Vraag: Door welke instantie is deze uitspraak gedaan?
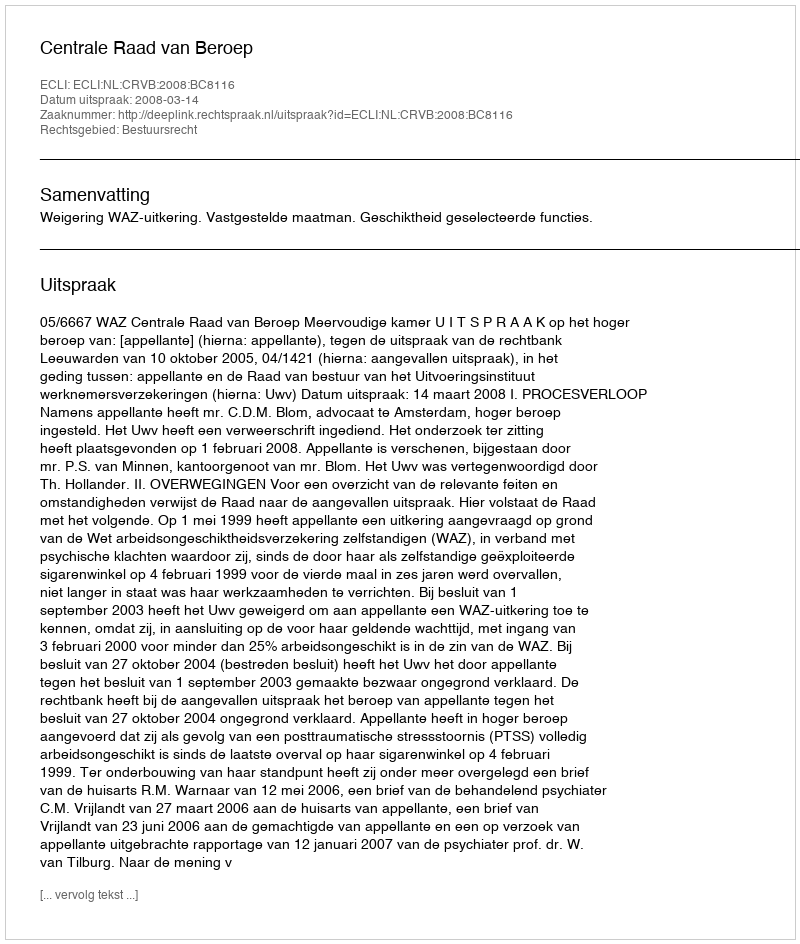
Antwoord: Centrale Raad van Beroep